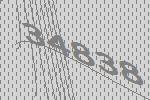
34838